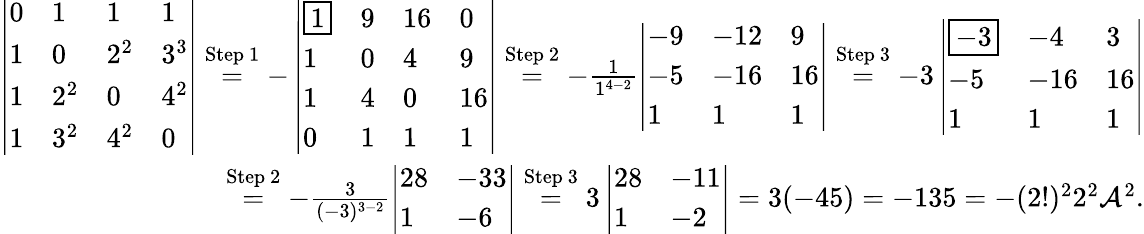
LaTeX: \begin{array}{r}{\left|\begin{array}{llll}{0}&{1}&{1}&{1}\\ {1}&{0}&{2^{2}}&{3^{3}}\\ {1}&{2^{2}}&{0}&{4^{2}}\\ {1}&{3^{2}}&{4^{2}}&{0}\end{array}\right|\overset{\mathrm{Step~1}}{=}-\left|\begin{array}{llll}{\boxed{1}}&{9}&{16}&{0}\\ {1}&{0}&{4}&{9}\\ {1}&{4}&{0}&{16}\\ {0}&{1}&{1}&{1}\end{array}\right|\overset{\mathrm{Step~2}}{=}-\frac{1}{1^{4-2}}\left|\begin{array}{lll}{-9}&{-12}&{9}\\ {-5}&{-16}&{16}\\ {1}&{1}&{1}\end{array}\right|\overset{\mathrm{Step~3}}{=}-3\left|\begin{array}{lll}{\boxed{-3}}&{-4}&{3}\\ {-5}&{-16}&{16}\\ {1}&{1}&{1}\end{array}\right|}\\ {\overset{\mathrm{Step~2}}{=}-\frac{3}{(-3)^{3-2}}\left|\begin{array}{ll}{28}&{-33}\\ {1}&{-6}\end{array}\right|\overset{\mathrm{Step~3}}{=}3\left|\begin{array}{ll}{28}&{-11}\\ {1}&{-2}\end{array}\right|=3(-45)=-135=-(2!)^{2}2^{2}{\mathcal A}^{2}.}\end{array}